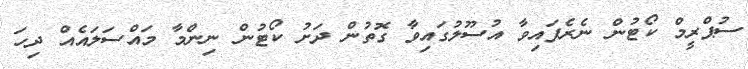
ސުޕްރީމް ކޯޓުން ނެރެފައިވާ އުސޫލުގައިވާ ގޮތުން ދަށު ކޯޓުން ނިންމާ މައްސަަލައެއް ދިހަ